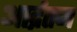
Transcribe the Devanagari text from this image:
आर्द्रतम